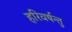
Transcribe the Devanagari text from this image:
हरिवर्षन्तु